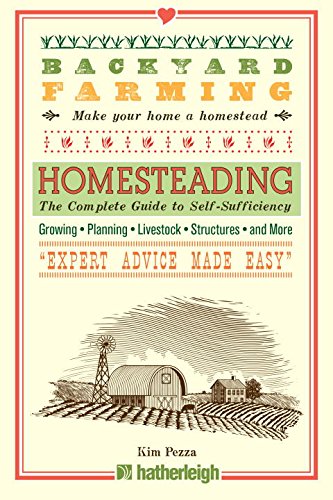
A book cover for Backyard Farming: Homesteading: The Complete Guide to Self-Sufficiency; Kim Pezza; Science & Math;